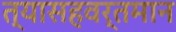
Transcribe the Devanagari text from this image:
त्यासहवर्तमान